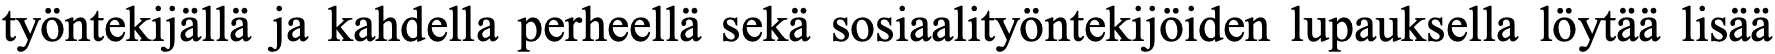
työntekijällä ja kahdella perheellä sekä sosiaalityöntekijöiden lupauksella löytää lisää